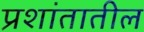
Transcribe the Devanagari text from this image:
प्रशांतातील